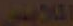
الملابس